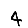
Digit: 4